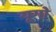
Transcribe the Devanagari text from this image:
यूगो